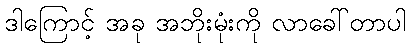
ဒါကြောင့် အခု အဘိုးမုံးကို လာခေါ်တာပါ